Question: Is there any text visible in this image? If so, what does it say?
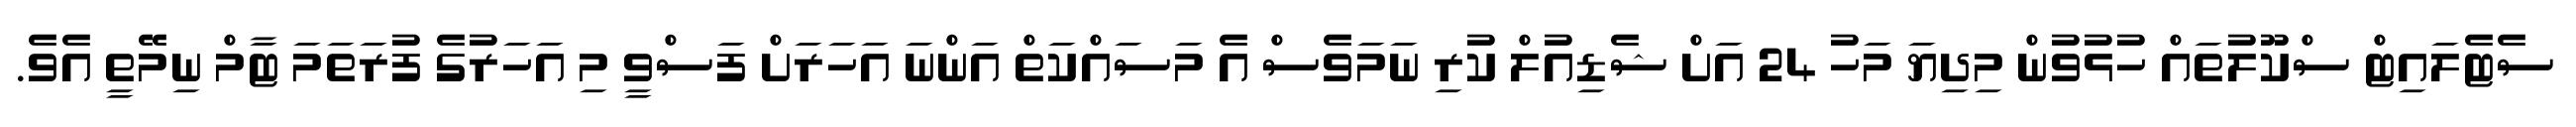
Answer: ސެޓެލައިޓް ސްކޫލުތައް ހުޅުވުން މިދިޔަ މަހު 24 އަށް ޝެޑިއުލް ކުރި ނަމަވެސް އެ މަސައްކަތް އަންނަ އަހަރަށް ފަސްވީ މި އަހަރުގެ ފުރަތަމަ ޓާމް ނިމޭތީ އެވެ.